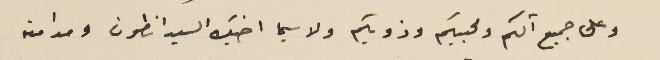
وعلى جميع آلكم ومحبيكم وذويكم ولا سيما اخيك السيد انطون ومدامته